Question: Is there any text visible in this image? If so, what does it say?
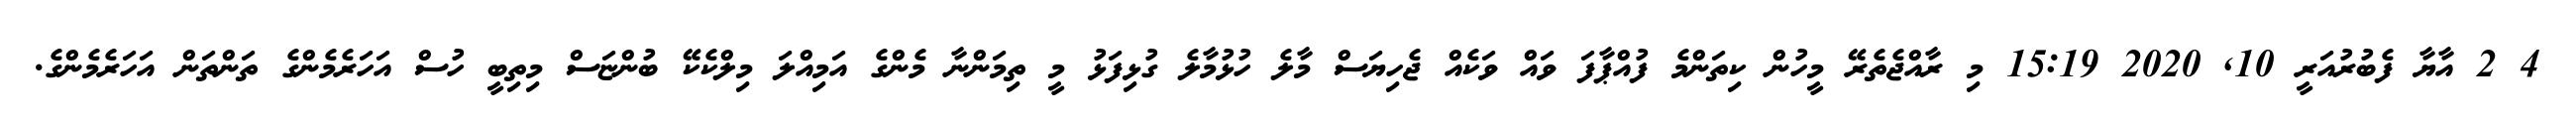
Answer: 4 2 އާޔާ ފެބުރުއަރީ 10, 2020 15:19 މި ރާއްޖެތެރޭ މީހުން ކިތަންމެ ފުއްޕާފަ ވައް ވަކެއް ޖެހިޔަސް މާލެ ހުޅުމާލެ ގުޅިފަޅު މީ ތިމަންނާ މެންގެ އަމިއްލަ މިލްކެކޭ ބުންޏަސް މިތިބީ ހުސް އަހަރެމެންގެ ތަންތަން އަހަރެމެންގެ.